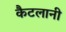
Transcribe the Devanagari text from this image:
कैटलानी